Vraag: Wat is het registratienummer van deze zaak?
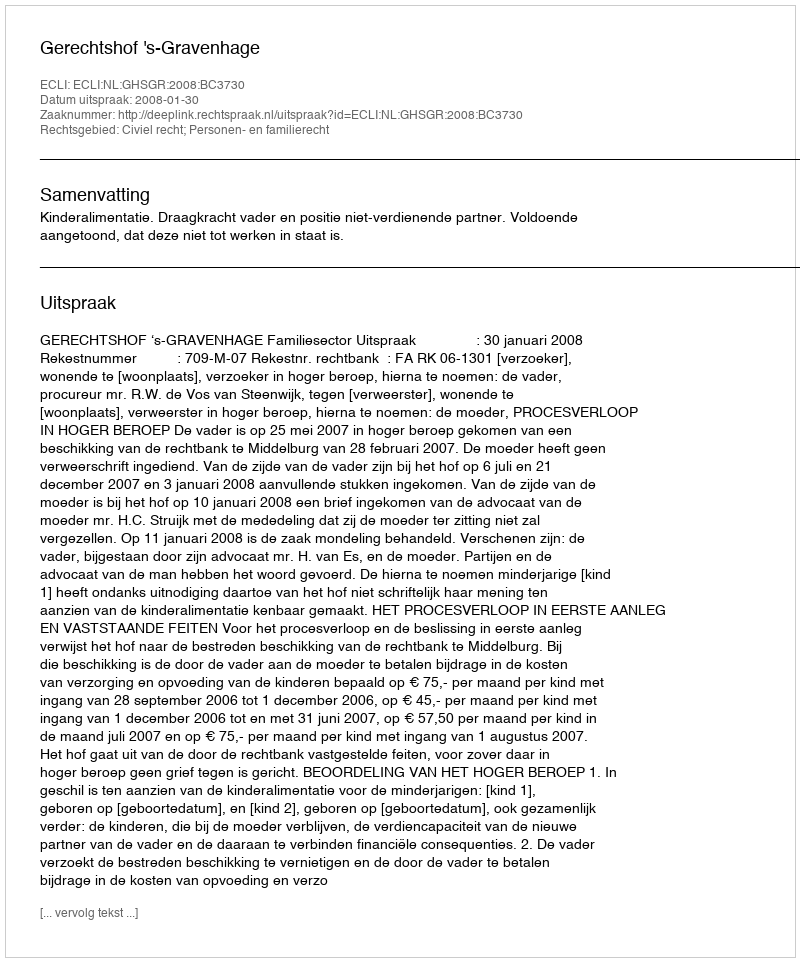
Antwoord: http://deeplink.rechtspraak.nl/uitspraak?id=ECLI:NL:GHSGR:2008:BC3730